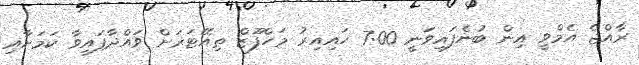
ރާއްޖެ އެމްވީ އިން ބުނެފައިވަނީ 7:00 ހައިއިރު މަހްފޫޒް ތިއޭޓަރަށް ވައްދާފައިވާ ކަމަށާއި